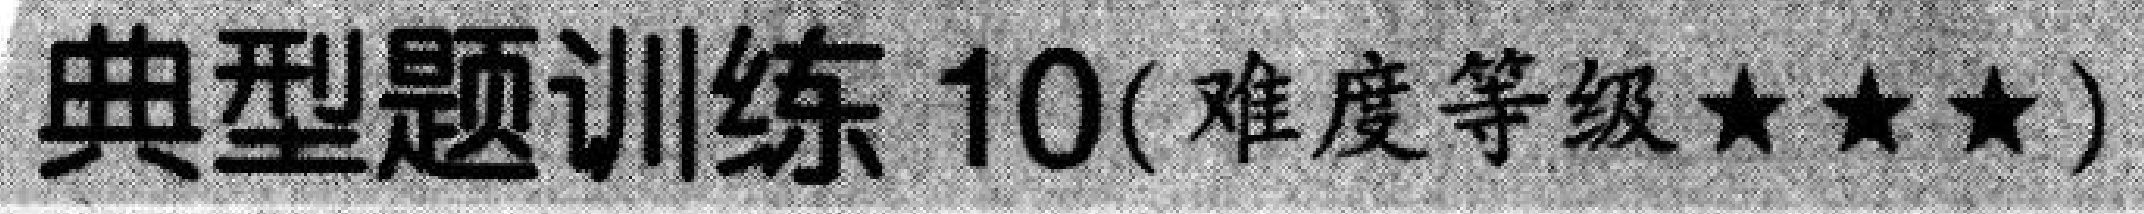
典型题训练 10(难度等级$\star\star\star$)